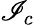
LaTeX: \mathscr{I}_{c}